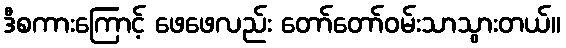
ဒီစကားကြောင့် ဖေဖေလည်း တော်တော်ဝမ်းသာသွားတယ်။